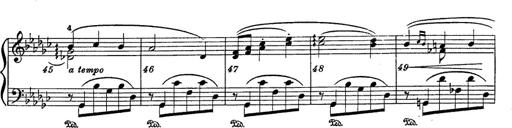
Title: 6 Polish Songs
Composer: Franz Liszt